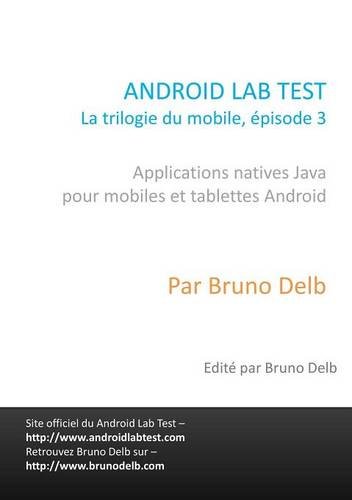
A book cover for Android Lab Test (French Edition); Bruno Delb; Computers & Technology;